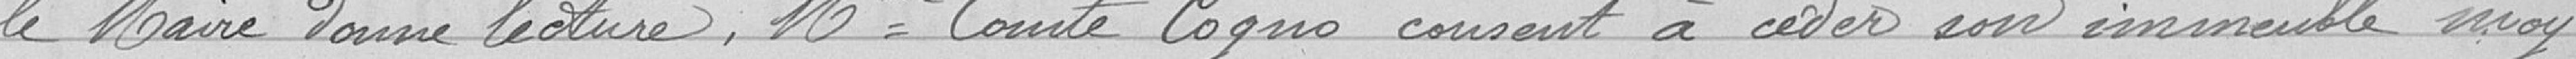
le Maire donne lecture, Madame Comte Cogno consent à céder son immeuble moyen-